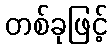
တစ်ခုဖြင့်